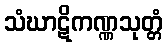
သံဃာဋိကဏ္ဏသုတ္တံ